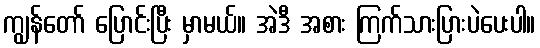
ကျွန်တော် ပြောင်းပြီး မှာမယ်။ အဲဒီ အစား ကြက်သားပြားပဲပေးပါ။